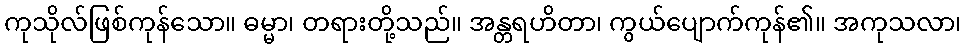
ကုသိုလ်ဖြစ်ကုန်သော။ ဓမ္မာ၊ တရားတို့သည်။ အန္တရဟိတာ၊ ကွယ်ပျောက်ကုန်၏။ အကုသလာ၊